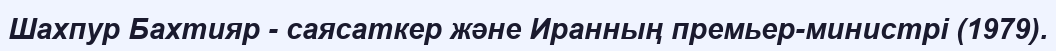
Шахпур Бахтияр - саясаткер және Иранның премьер-министрі (1979).